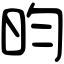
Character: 昀